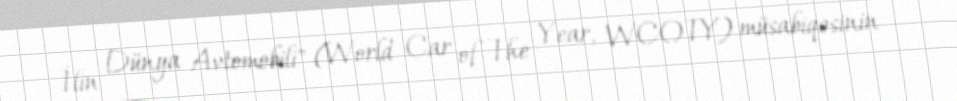
İlin Dünya Avtomobili" (World Car of The Year, WCOTY) müsabiqəsinin